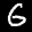
Label: 6